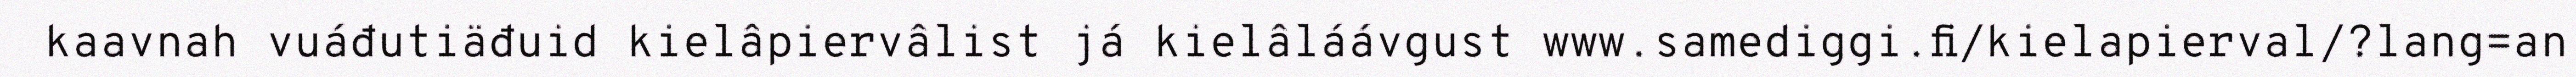
kaavnah vuáđutiäđuid kielâpiervâlist já kielâláávgust www.samediggi.fi/kielapierval/?lang=an